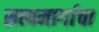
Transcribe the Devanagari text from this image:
सत्यमार्गाचा